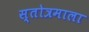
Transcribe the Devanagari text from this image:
स्तोत्रमाला